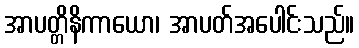
အာပတ္တိနိကာယော၊ အာပတ်အပေါင်းသည်။